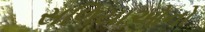
સળિયાઓનો